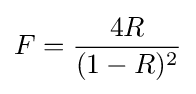
F={\frac {4R}{(1-R)^{2}}}